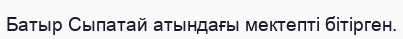
Батыр Сыпатай атындағы мектепті бітірген.